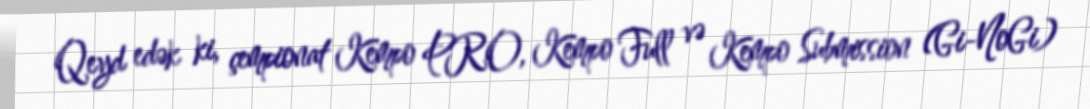
Qeyd edək ki, çempionat Kempo PRO, Kempo Full və Kempo Submission (Gi-NoGi)